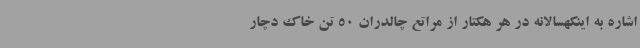
اشاره به اینکهسالانه در هر هکتار از مراتع چالدران 50 تن خاک دچار